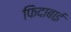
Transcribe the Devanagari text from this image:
फिदाबाई